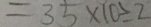
= 3 5 \times 1 0 \div 2